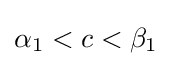
\alpha _{1}<c<\beta _{1}